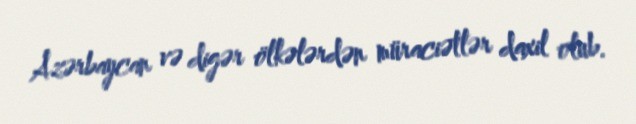
Azərbaycan və digər ölkələrdən müraciətlər daxil olub.